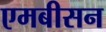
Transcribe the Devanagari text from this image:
एमबीसन